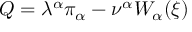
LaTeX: Q = \lambda ^ { \alpha } \pi _ { \alpha } - \nu ^ { \alpha } W _ { \alpha } ( \xi )